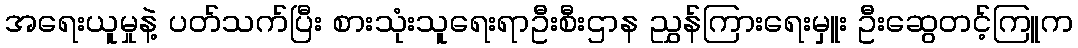
အရေးယူမှုနဲ့ ပတ်သက်ပြီး စားသုံးသူရေးရာဦးစီးဌာန ညွှန်ကြားရေးမှူး ဦးဆွေတင့်ကြူက